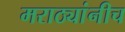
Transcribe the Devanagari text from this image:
मराठ्यांनीच